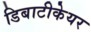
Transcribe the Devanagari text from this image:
डिबाटीकेयर